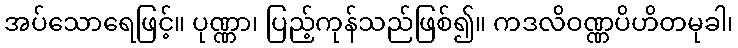
အပ်သောရေဖြင့်။ ပုဏ္ဏာ၊ ပြည့်ကုန်သည်ဖြစ်၍။ ကဒလိဝဏ္ဏပိဟိတမုခါ၊